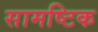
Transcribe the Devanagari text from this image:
सामष्टिक